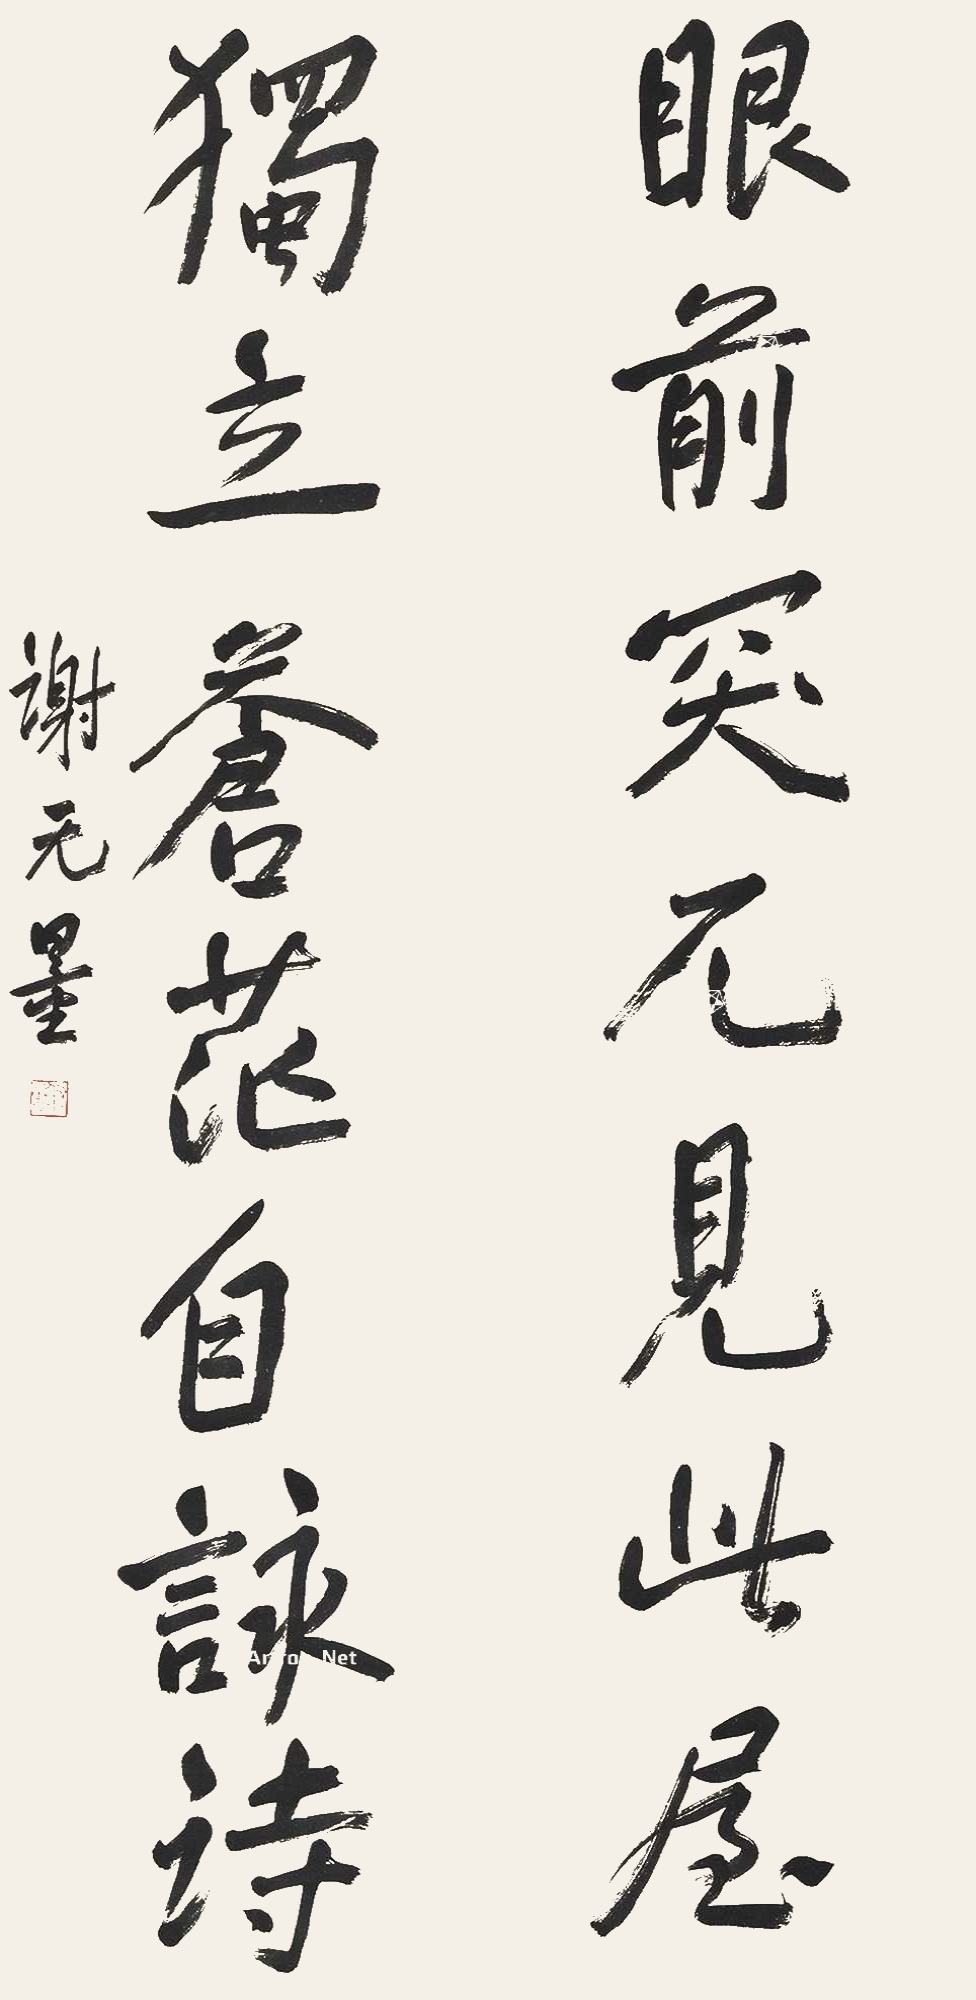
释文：眼前突兀见此屋，独立苍茫自咏诗。谢无量